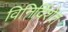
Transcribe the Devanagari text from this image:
विनिर्दिशेत्